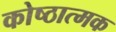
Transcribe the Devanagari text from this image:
कोष्ठात्मक